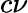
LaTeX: c\nu